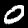
Label: 0